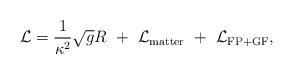
LaTeX: \begin{align*}{\cal L}= \frac{1}{\kappa^2}\sqrt{g}R~+~{\cal L}_{\rm{matter}}~+~{\cal L}_{\rm{FP+GF}},\end{align*}